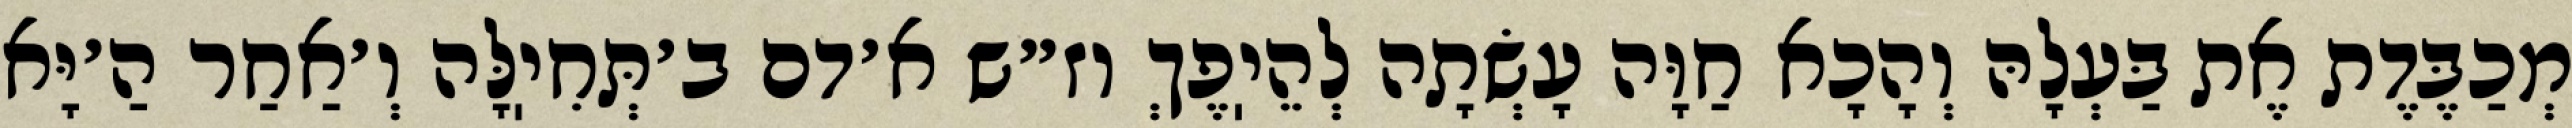
מְכַבֶּדֶת אֶת בַּעְלָהּ וְהָכָא חַוָּה עָשְׂתָה לְהֵיֽפֶךְ וז״ש א׳דם ב׳תְּחִיֽלָּה וְ׳אַחַר הַ׳יָּא